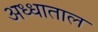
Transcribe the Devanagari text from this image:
अध्धाताल